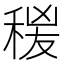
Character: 𥟛